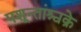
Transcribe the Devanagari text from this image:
पशून्तांश्चक्रे